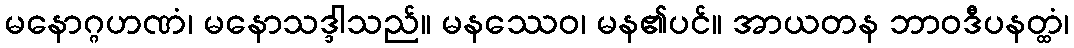
မနောဂ္ဂဟဏံ၊ မနောသဒ္ဒါသည်။ မနဿေဝ၊ မန၏ပင်။ အာယတန ဘာဝဒီပနတ္ထံ၊